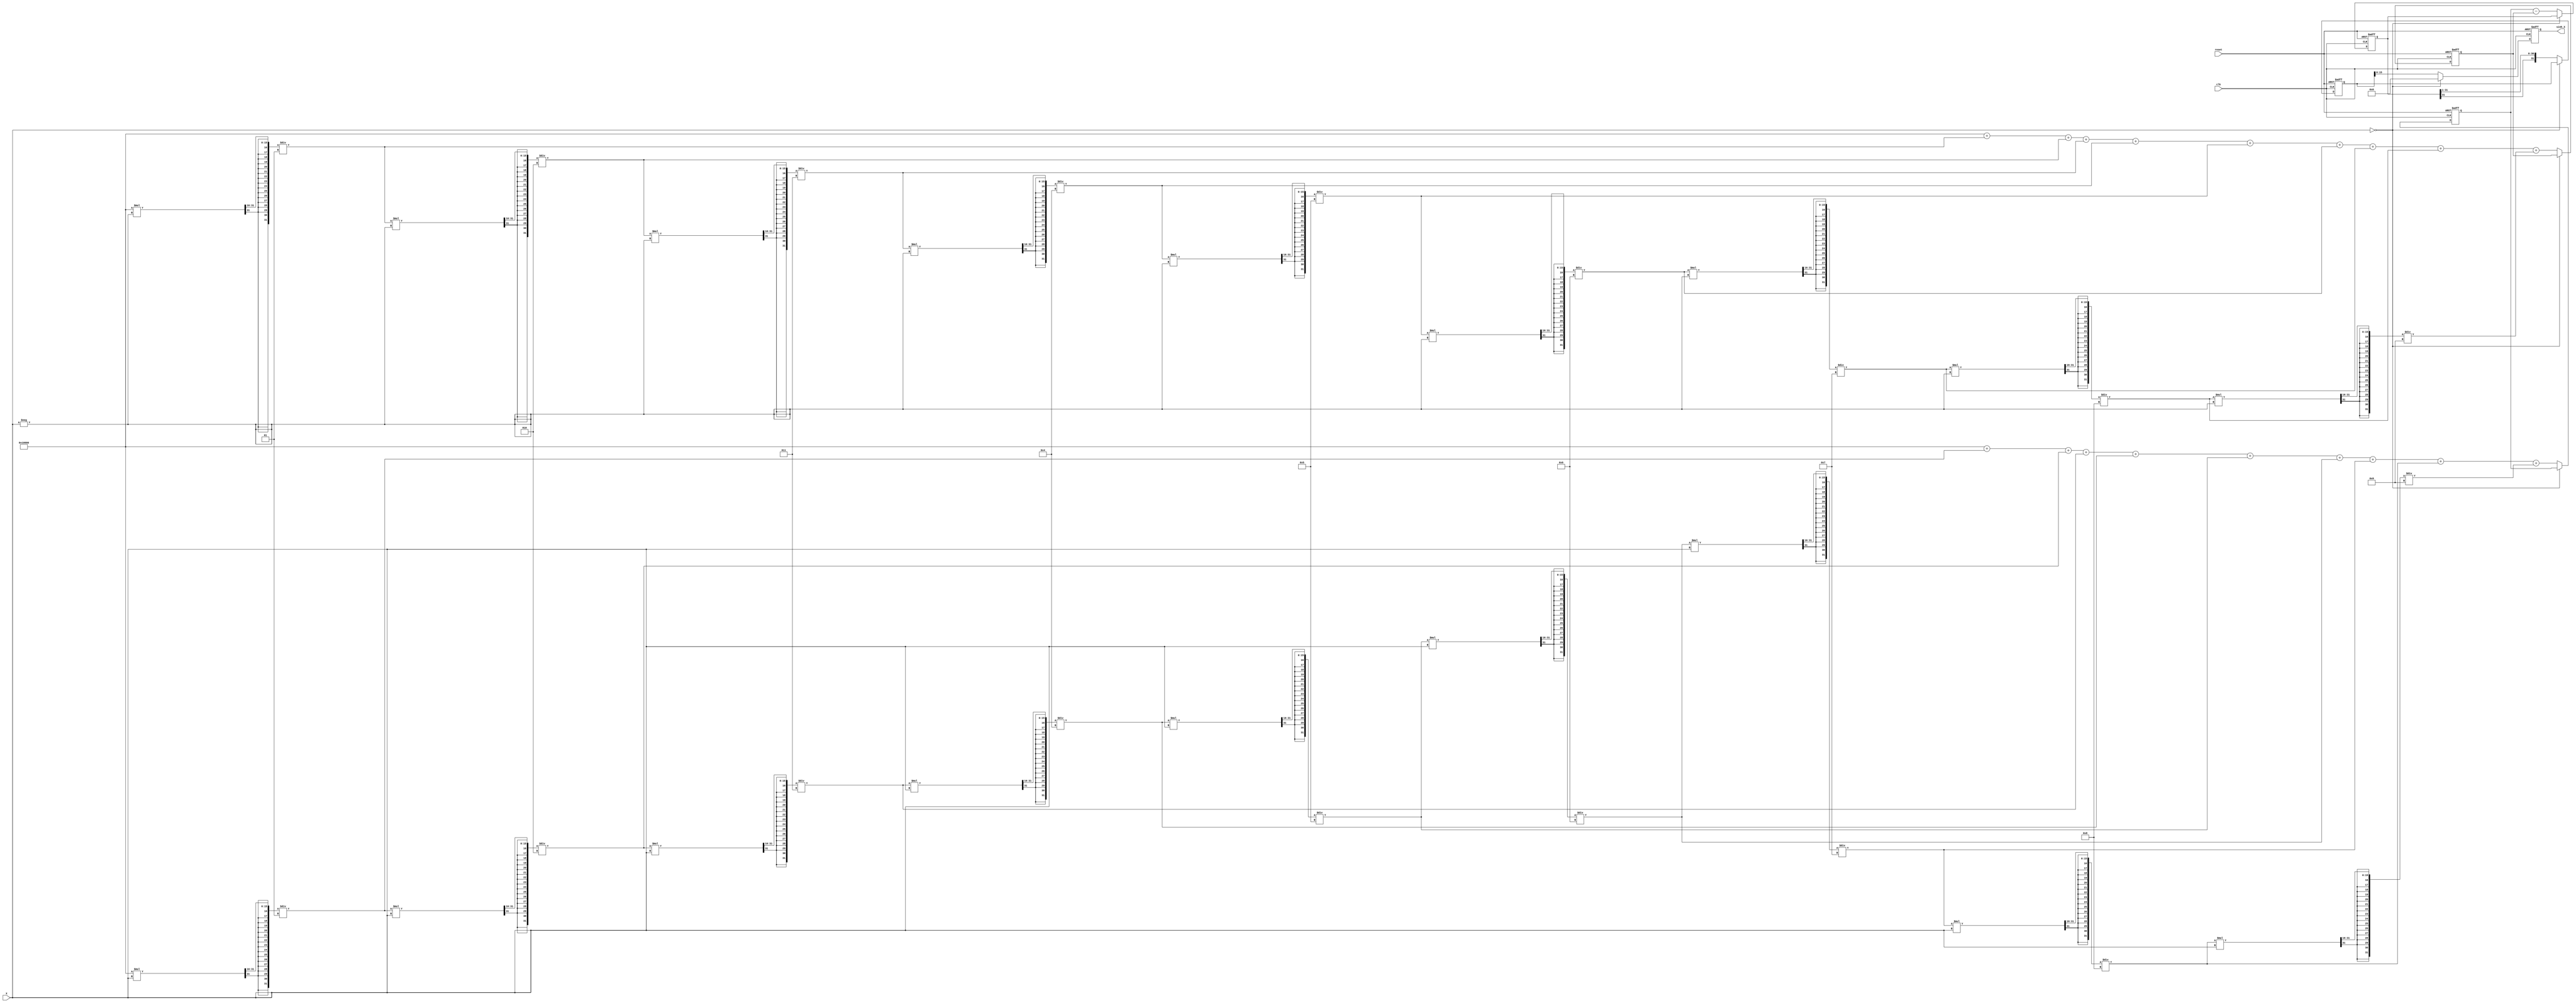
module sinh_arithmetic_block (
    input  wire signed [15:0] X,        // Input value (fixed-point format)
    output reg  signed [15:0] sinh_X,   // Output value for sinh(X)
    input  wire clk,                     // Clock signal
    input  wire reset                    // Reset signal
);

    // Internal signals
    reg signed [31:0] e_pos;            // e^X
    reg signed [31:0] e_neg;            // e^(-X)
    reg signed [31:0] diff;              // e^X - e^(-X)
    reg signed [31:0] result;            // Final result before division

    // Exponentiation approximation (Taylor series)
    function signed [31:0] exp_approx;
        input signed [15:0] x;
        reg signed [31:0] term;
        reg signed [31:0] sum;
        integer i;
        begin
            sum = 32'h00000000;  // Initialize sum to 0
            term = 32'h00010000; // Start with x^0 / 0! = 1 (in fixed point)
            
            for (i = 0; i < 10; i = i + 1) begin // 10 terms for approximation
                sum = sum + term;
                term = (term * x) >>> 16; // Multiply by x (shifted for fixed-point)
                term = (term / (i + 1)); // Divide by i! (approximation)
            end
            
            exp_approx = sum;
        end
    endfunction

    always @(posedge clk or posedge reset) begin
        if (reset) begin
            sinh_X <= 0;
            e_pos <= 0;
            e_neg <= 0;
            diff <= 0;
            result <= 0;
        end else begin
            if (X == 0) begin
                sinh_X <= 0; // Handle special case for X = 0
            end else begin
                // Calculate e^X and e^(-X)
                e_pos <= exp_approx(X);
                e_neg <= exp_approx(-X);
                
                // Compute e^X - e^(-X)
                diff <= e_pos - e_neg;
                
                // Divide by 2 (right shift by 1 for fixed-point)
                result <= diff >>> 1;
                
                // Assign the result to sinh_X
                sinh_X <= result[15:0]; // Keep the lower 16 bits as output
            end
        end
    end
endmodule